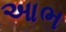
આભ